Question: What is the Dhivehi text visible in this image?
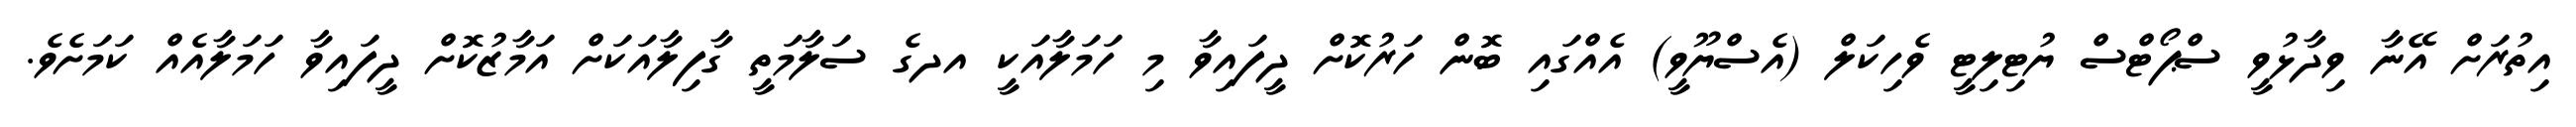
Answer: އިތުރަށް އޭނާ ވިދާޅުވީ ސްޕޯޓްސް ޔުޓިލިޓީ ވެހިކަލް (އެސްޔޫވީ) އެއްގައި ބޮން ހަރުކޮށް ދީފައިވާ މި ހަމަލާއަކީ އދގެ ސަލާމަތީ ގާފިލާއަކަށް އަމާޒުކޮށް ދީފައިވާ ހަމަލާއެއް ކަމަށެވެ.